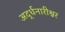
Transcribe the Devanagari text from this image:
अर्द्धनारीश्वर